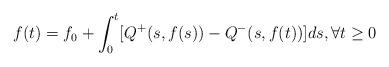
LaTeX: \begin{align*}f(t)=f_0+\int_0^t [Q^{+}(s,f(s))-Q^{-}(s,f(t))]ds, \forall t \geq 0 \end{align*}